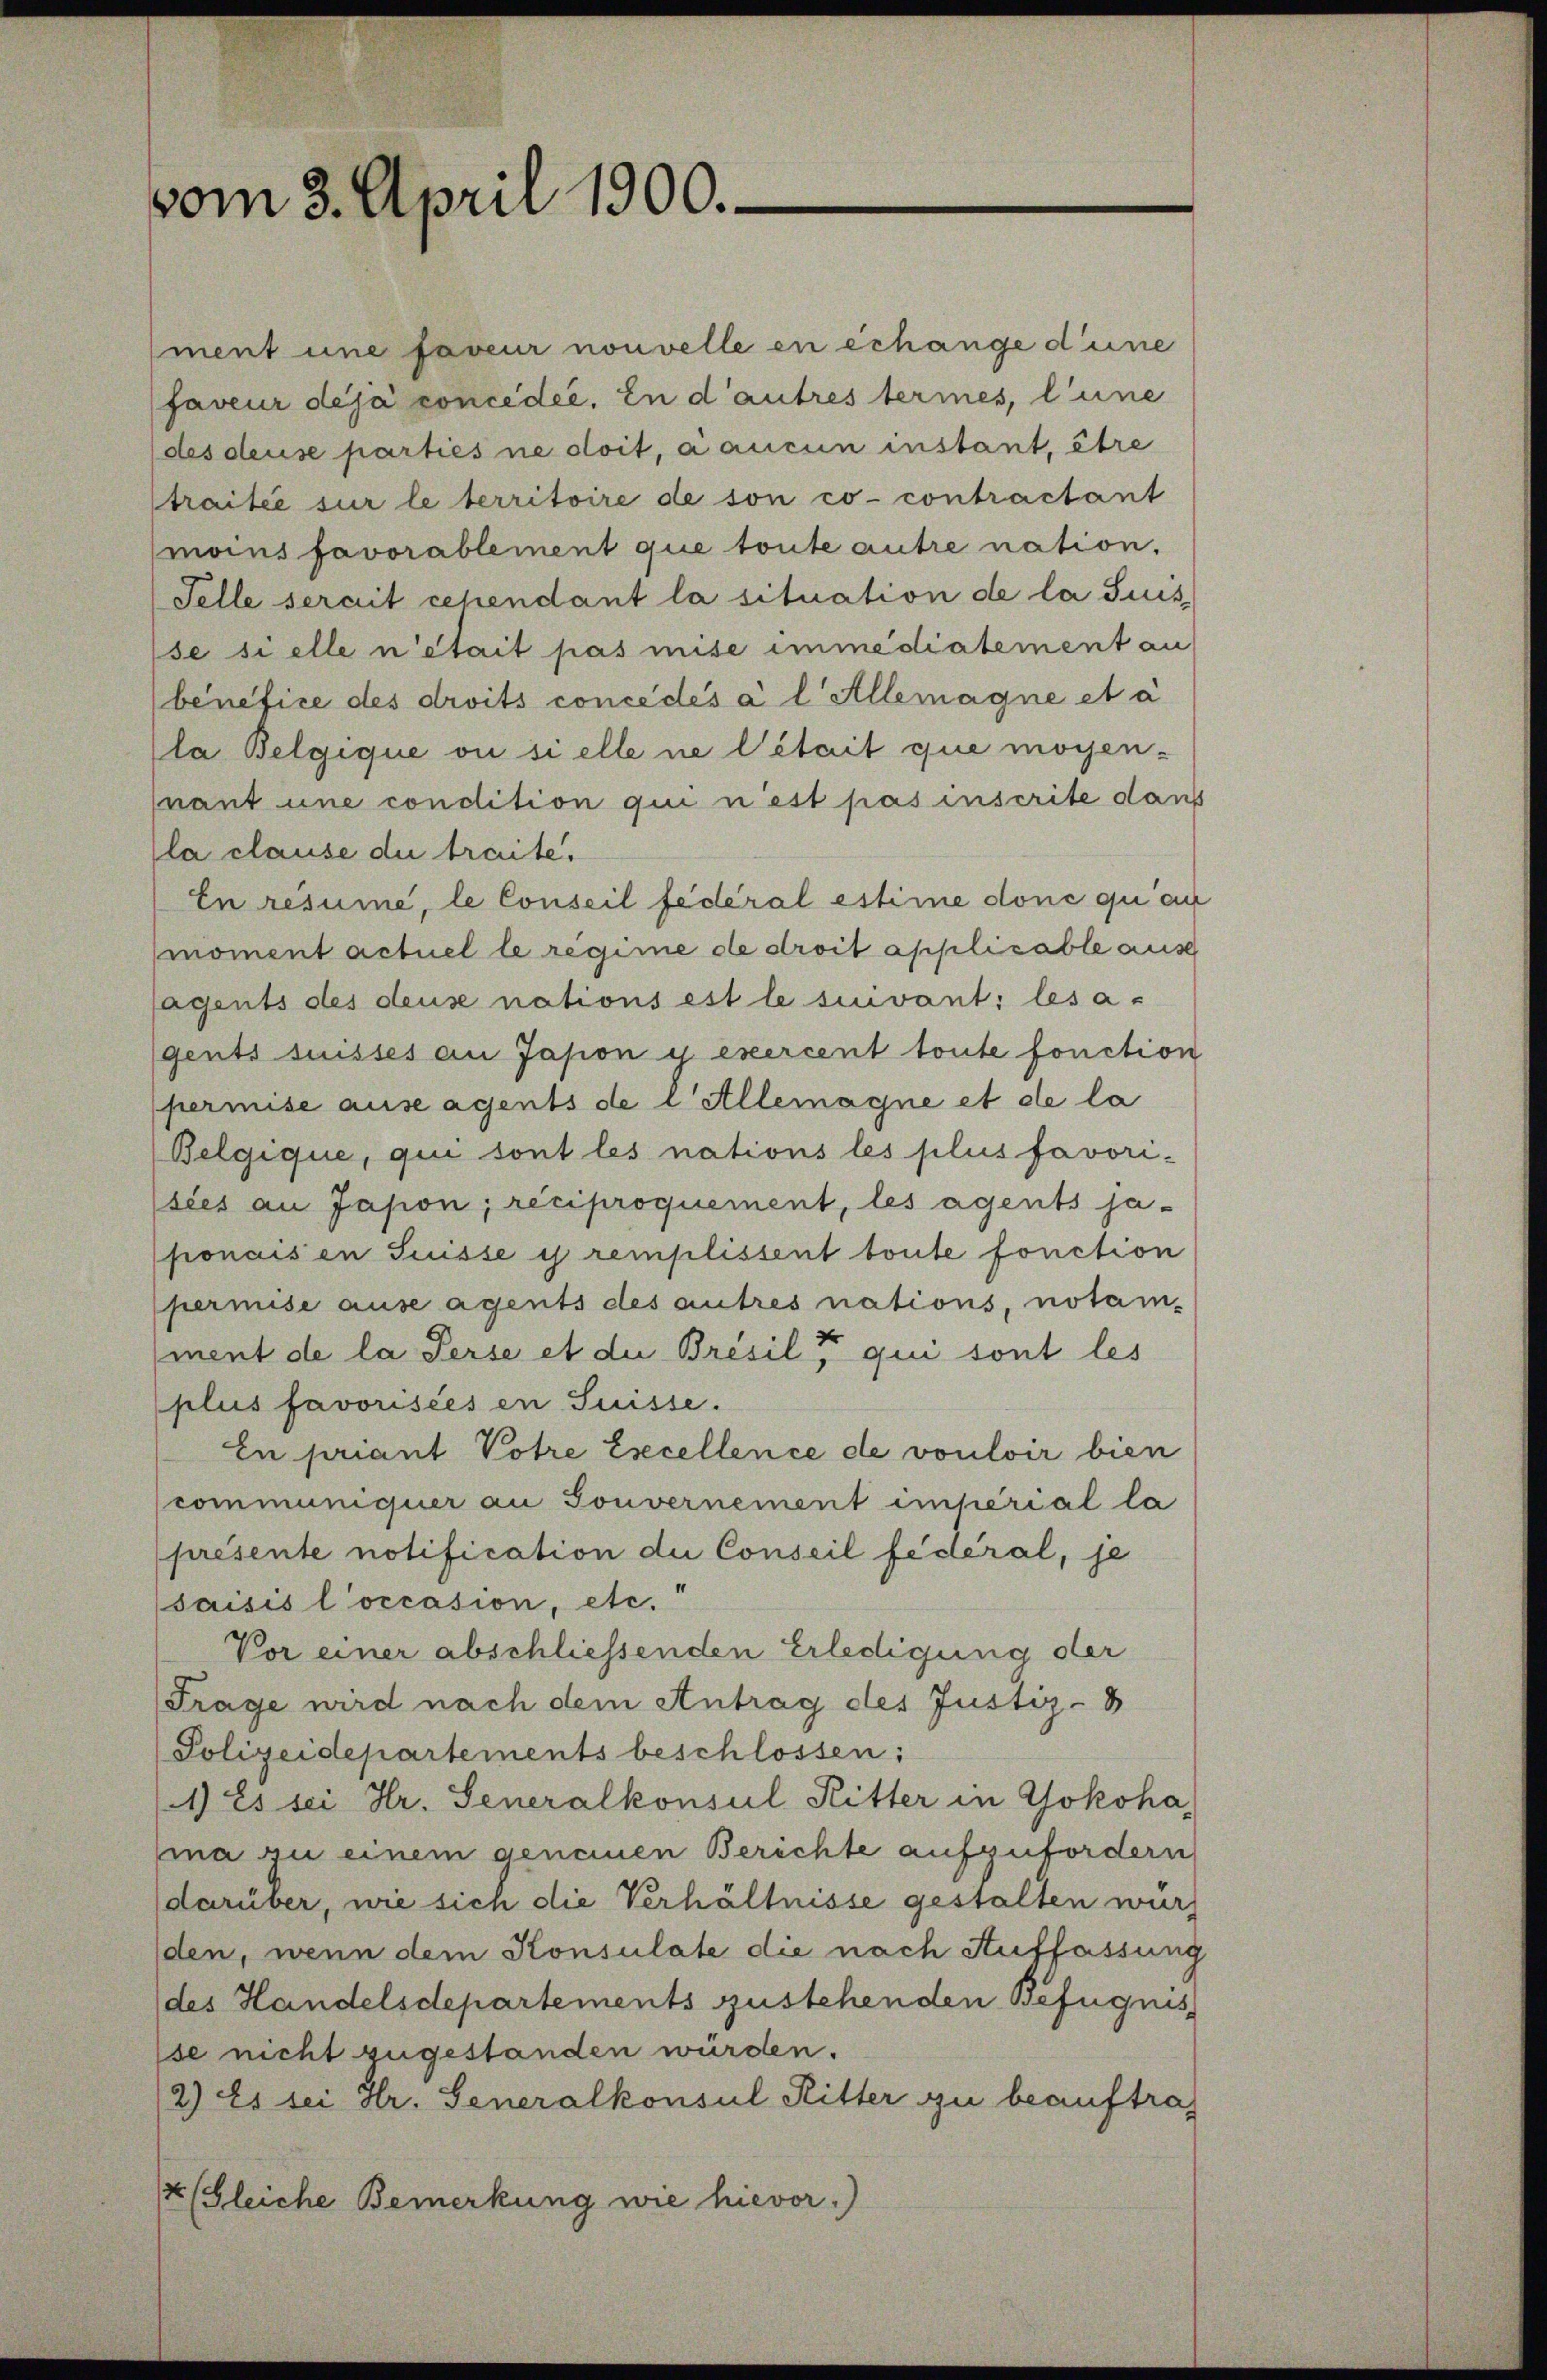
vom 3. April 1900.

ment une faveur nouvelle en erhänge dene
faveur deja concedee. In d’autres termes, l’une
(des deuse parties ne doit, a aucun instant, être
traitée sur le territoire de son co- contractant
moins favorablement que toute autre nation.
Felle serait cependant la situation de la Suis
se si elle n’était pas mise immédiatement an
benefice des droits concédés a l Allemagne et à
la Belgique vi si elle ne l’était que moyen-
nant une condition qui u est pas inscrite dans
la clause die traite.
En resume, le Conseil fédéral estime done quan
moment actuel le regime de droit applicable aus
lagents des deuse nations est le siuvant; les a-
gents suisses an Jasion y exercent toute fonction
permise aussagents de l Allemagne et de la
Belgique, qui sont les nations les plus favorisies an Japon, reciproquement, les agents ja-
ponaisen Suisse is remplissent toute fonction
permise ause agents des autres nations, notam-
ment de la Perse et die Bresil qui sont les
plus favorisées en Suisse.
En priant Potre Excellence de vouloir bien
communiquer an Touvernement imperial la
présente notification du Conseil fédéral, je
saisis l’occasion, etc.“
Vor einer abschliessenden Erledigung der
Frage wird nach dem Antrag des Justiz-8
Polizeidepartements beschlossen:
1) Es sei Hr. Generalkonsul Ritter in Yokoha
ma zu einem geneinen Berichte aufzufordern
darüber, wie sich die Verhältnisse gestalten wurd
den, wenn dem Konsulate die nach Auffassung
(des Handelsdepartements zustehenden Befugnis
se nicht zugestanden würden.
2) Es sei Hr. Generalkonsul Ritter zu beauftrag
4 (Gleiche Bemerkung wie hievor.)